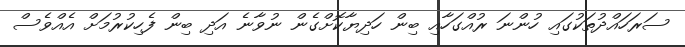
ސަރަހައްދުތަކުގައި ހުންނަ ރުއްގަހާއި ބިން ހަދިޔާކޮށްގެން ނުވާނެ އަދި ބިން ފެހިކުރުމަށް އެއްވެސް